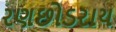
રણછોડરાય